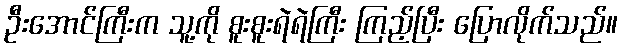
ဦးအောင်ကြီးက သူ့ကို စူးစူးရဲရဲကြီး ကြည့်ပြီး ပြောလိုက်သည်။